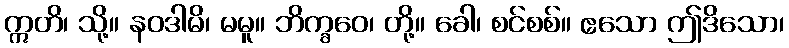
ဣတိ၊ သို့။ နဝဒါမိ၊ မမူ။ ဘိက္ခဝေ၊ တို့။ ခေါ၊ စင်စစ်။ ဧသော ဤဒိသော၊